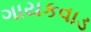
ગાયકવાડ